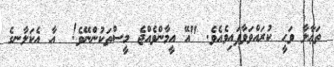
ތަޢާލާ ވަޙީ ކުރައްވަވާފައިވެއެވެ. "އޭ އީމާންވެއްޖެ މީސްތަކުންނޭވެ!  އާ އެކަލާނގެ